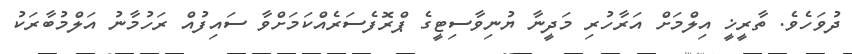
ދުވަހެވެ. ތާރީޚީ އިލްމަށް އަރާހުރި މަދީނާ ޔުނިވާސިޓީގެ ޕްރޮފެސަރެއްކަމަށްވާ ސައިފުއް ރަހުމާނު އަލްމުބާރަކު